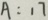
A : 1 7